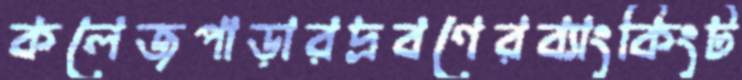
কলেজপাড়ারদ্রবণেরব্যাংকিংট